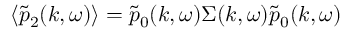
\langle \tilde { p } _ { 2 } ( k , \omega ) \rangle = \tilde { p } _ { 0 } ( k , \omega ) \Sigma ( k , \omega ) \tilde { p } _ { 0 } ( k , \omega )